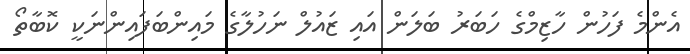
އެންމެ ފަހުން ހާޒިމްގެ ހަބަރު ބަލަން އައި ޒައުލް ނަހުލާގެ މައިންބަފައިންނަކީ ކޮބާތޯ